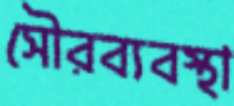
সৌরব্যবস্থা